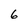
Character: 6